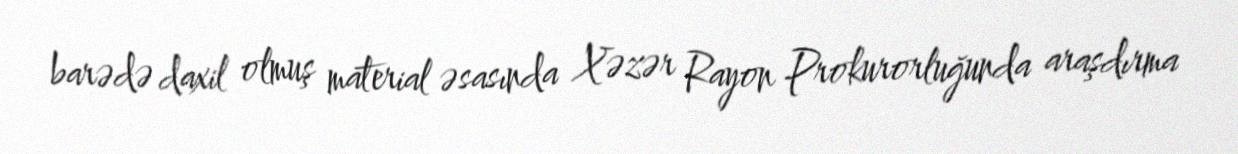
barədə daxil olmuş material əsasında Xəzər Rayon Prokurorluğunda araşdırma